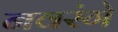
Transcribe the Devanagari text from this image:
नवरंगे